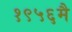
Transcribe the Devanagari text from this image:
१९५६मै